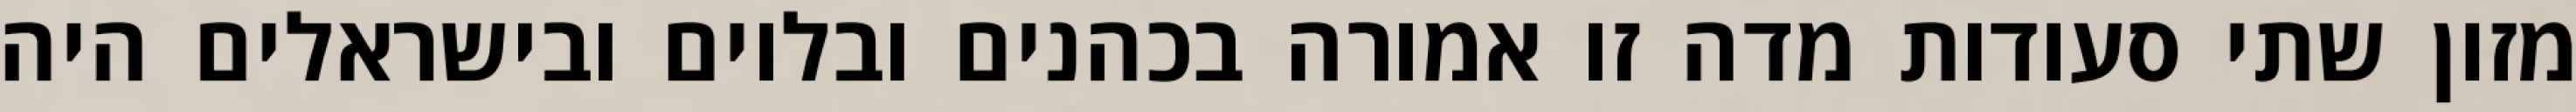
מזון שתי סעודות מדה זו אמורה בכהנים ובלוים ובישראלים היה